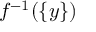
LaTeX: f ^ { - 1 } ( \{ y \} )